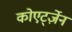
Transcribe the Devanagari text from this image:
कोएर्ट्ज़ेन